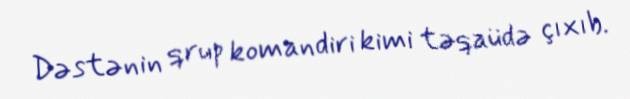
Dəstənin qrup komandiri kimi təqaüdə çıxıb.